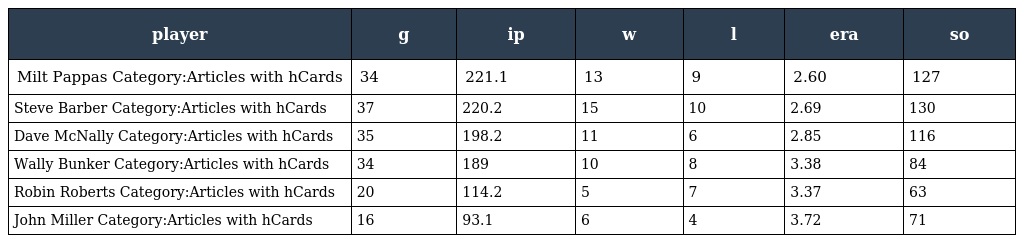
| player | g | ip | w | l | era | so |
 | --- | --- | --- | --- | --- | --- | --- |
 | Milt Pappas Category:Articles with hCards | 34 | 221.1 | 13 | 9 | 2.60 | 127 |
 | Steve Barber Category:Articles with hCards | 37 | 220.2 | 15 | 10 | 2.69 | 130 |
 | Dave McNally Category:Articles with hCards | 35 | 198.2 | 11 | 6 | 2.85 | 116 |
 | Wally Bunker Category:Articles with hCards | 34 | 189 | 10 | 8 | 3.38 | 84 |
 | Robin Roberts Category:Articles with hCards | 20 | 114.2 | 5 | 7 | 3.37 | 63 |
 | John Miller Category:Articles with hCards | 16 | 93.1 | 6 | 4 | 3.72 | 71 |